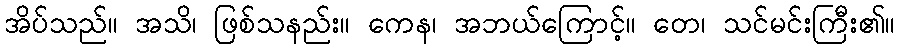
အိပ်သည်။ အသိ၊ ဖြစ်သနည်း။ ကေန၊ အဘယ်ကြောင့်။ တေ၊ သင်မင်းကြီး၏။